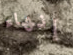
إنهاء